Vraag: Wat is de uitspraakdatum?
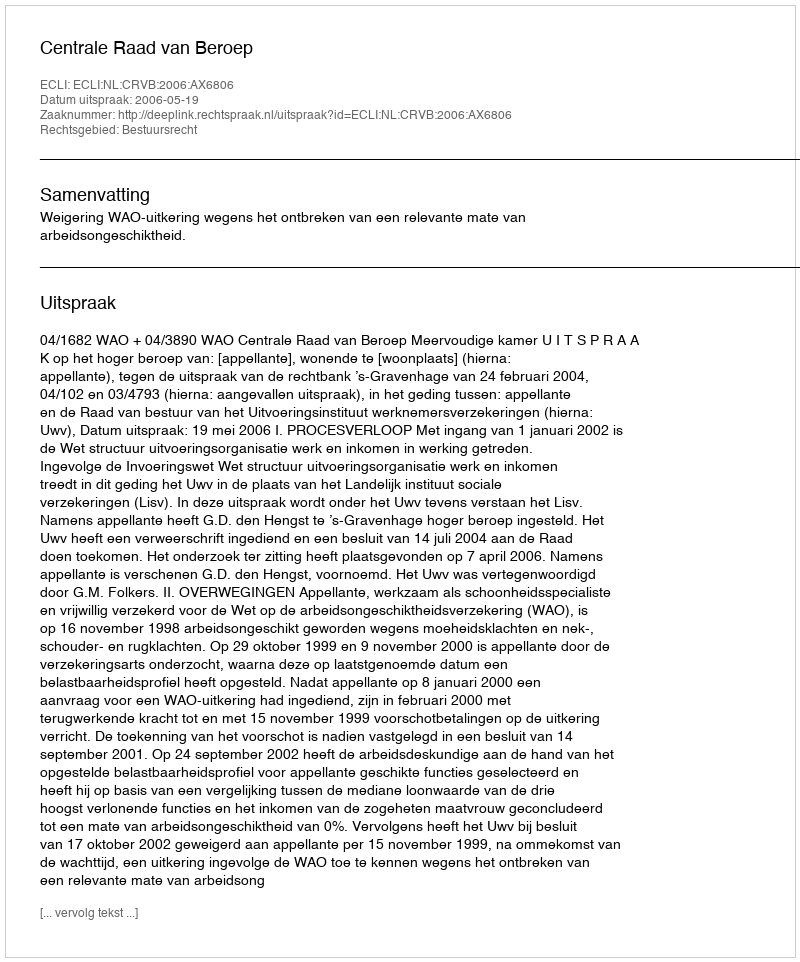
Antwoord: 2006-05-19